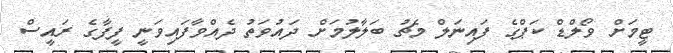
ޓީމަށް ވޯލްޑް ކަޕްގެ ފައިނަލް މެޗު ބަލާލުމަށް ދައުވަތު ދެއްވާފައިވަނީ ފީފާގެ ރައީސް